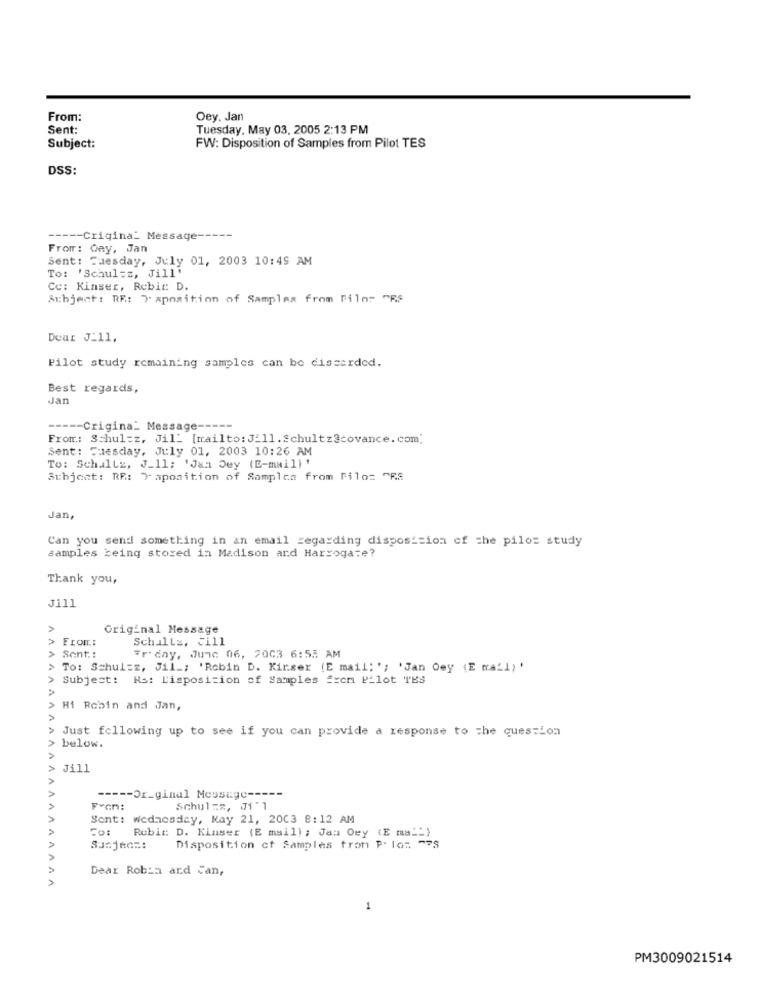
From:
Oey. Jan
Sent:
Tuesday, May 03. 2005 2:13 PM
Subject:
FW: Disposition of Samples from Pilot TES
DSS:
----- Crigina_ Message ---
From: Oay, Jan
Sent: Tuesday, July 01, 2003 10:49 AM
To: 'Schul =z, Jill
Ce: Kinser, Rebir: D.
Atbjent: RE: "aposition of Samples from Pilot "RS
Dear J_11.
Pilot study remaining samples can be discarded.
Best regards,
Jan
----- Crigina_ Message -----
From: Schul=z, Jil_ [mailto: Jill.Schultz@covance.com.
Sent: Tuesday, July 01, 2003 10:26 AM
To: Schultz, J_11; 'Jan Dey (E-mail) '
Subject: RE: Y aposition of Samples from Pilo: "RA
Jan,
Can you send something in an email regarding disposition of the pilot study
samples being stored in Madison and Harrogate?
Thank you,
J111
>
Original Message
> From:
Schultz, Cill
> Sent .:
Friday, June 06, 2003 6:55 AM
> To: Schul=z, Jil _; 'Robin D. Kirser (E mail: '; 'Jan Oey (E mra_1) '
Subject: Rs: Disposition of Samples from Pilot TES
Hi Robin and Jan,
Just following up to see if you can provide a response to the question
below.
Jill
----- Or_ginal Message -----
AAA
From:
Schulzz, Ji'1
Sent: wednesday, May 21, 2003 8:12 AM
Rubit: D. Kinser (E mail) ; Jam Oey (E ma""}
Sunjeos:
Disposition ct Samples from P: Io: 378
Dear Robin and Can,
AAA
1
PM3009021514